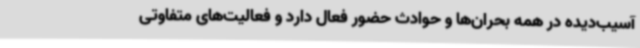
آسیب‌دیده در همه بحران‌ها و حوادث حضور فعال دارد و فعالیت‌های متفاوتی